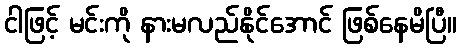
ငါဖြင့် မင်းကို နားမလည်နိုင်အောင် ဖြစ်နေမိပြီ။